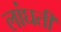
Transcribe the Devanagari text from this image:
लांघती